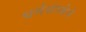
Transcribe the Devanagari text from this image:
धर्मसंस्थेने